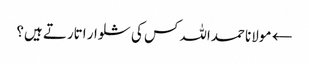
← مولانا حمداللہ کس کی شلوار اتارتے ہیں؟